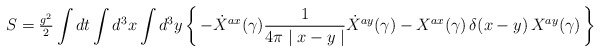
\begin{align*}S = {\textstyle{g^2\over2}} \int dt \int d^3{x} \int d^3{y}\left\{ \, -\dot{X}^{ax} (\gamma) \frac{1}{4\pi \mid x-y \mid} \dot{X}^{ay} (\gamma) - X^{ax} (\gamma) \, \delta(x-y) \, X^{ay} (\gamma) \, \right\} \end{align*}